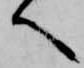
へ